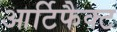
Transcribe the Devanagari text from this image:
आर्टिफैक्ट